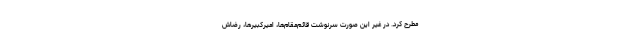
مطرح کرد. در غیر این‌ صورت سرنوشت‌ قائم‌مقام‌ها، امیرکبیرها، رضاش